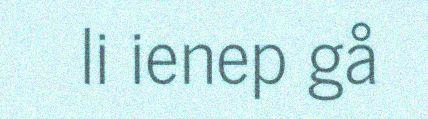
li ienep gå